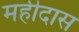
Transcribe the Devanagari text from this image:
महीदास